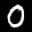
Label: 0